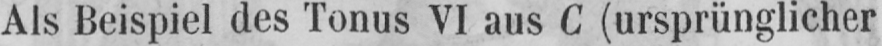
Als Beispiel des Tonus VI aus C (ursprünglicher